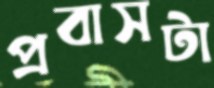
প্রবাসটা